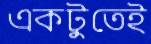
একটুতেই